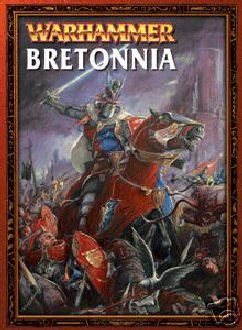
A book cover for Bretonnia (Warhammer Armies); Nigel Stillman; Science Fiction & Fantasy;